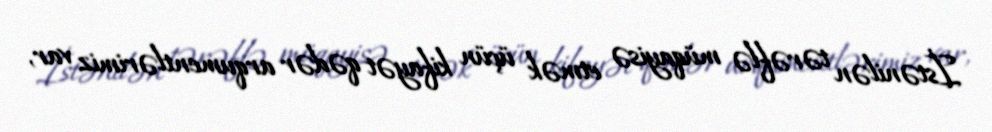
İstənilən tərəflə müqayisə etmək üçün kifayət qədər arqumentlərimiz var,